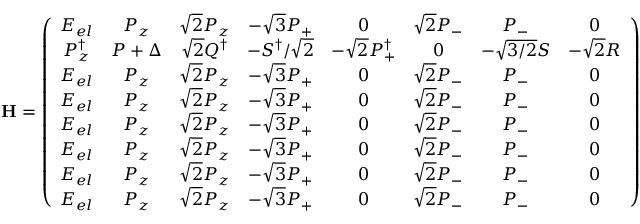
\mathbf { H } = \left( { \begin{array} { c c c c c c c c } { E _ { e l } } & { P _ { z } } & { { \sqrt { 2 } } P _ { z } } & { - { \sqrt { 3 } } P _ { + } } & { 0 } & { { \sqrt { 2 } } P _ { - } } & { P _ { - } } & { 0 } \\ { P _ { z } ^ { \dagger } } & { P + \Delta } & { { \sqrt { 2 } } Q ^ { \dagger } } & { - S ^ { \dagger } / { \sqrt { 2 } } } & { - { \sqrt { 2 } } P _ { + } ^ { \dagger } } & { 0 } & { - { \sqrt { 3 / 2 } } S } & { - { \sqrt { 2 } } R } \\ { E _ { e l } } & { P _ { z } } & { { \sqrt { 2 } } P _ { z } } & { - { \sqrt { 3 } } P _ { + } } & { 0 } & { { \sqrt { 2 } } P _ { - } } & { P _ { - } } & { 0 } \\ { E _ { e l } } & { P _ { z } } & { { \sqrt { 2 } } P _ { z } } & { - { \sqrt { 3 } } P _ { + } } & { 0 } & { { \sqrt { 2 } } P _ { - } } & { P _ { - } } & { 0 } \\ { E _ { e l } } & { P _ { z } } & { { \sqrt { 2 } } P _ { z } } & { - { \sqrt { 3 } } P _ { + } } & { 0 } & { { \sqrt { 2 } } P _ { - } } & { P _ { - } } & { 0 } \\ { E _ { e l } } & { P _ { z } } & { { \sqrt { 2 } } P _ { z } } & { - { \sqrt { 3 } } P _ { + } } & { 0 } & { { \sqrt { 2 } } P _ { - } } & { P _ { - } } & { 0 } \\ { E _ { e l } } & { P _ { z } } & { { \sqrt { 2 } } P _ { z } } & { - { \sqrt { 3 } } P _ { + } } & { 0 } & { { \sqrt { 2 } } P _ { - } } & { P _ { - } } & { 0 } \\ { E _ { e l } } & { P _ { z } } & { { \sqrt { 2 } } P _ { z } } & { - { \sqrt { 3 } } P _ { + } } & { 0 } & { { \sqrt { 2 } } P _ { - } } & { P _ { - } } & { 0 } \end{array} } \right)